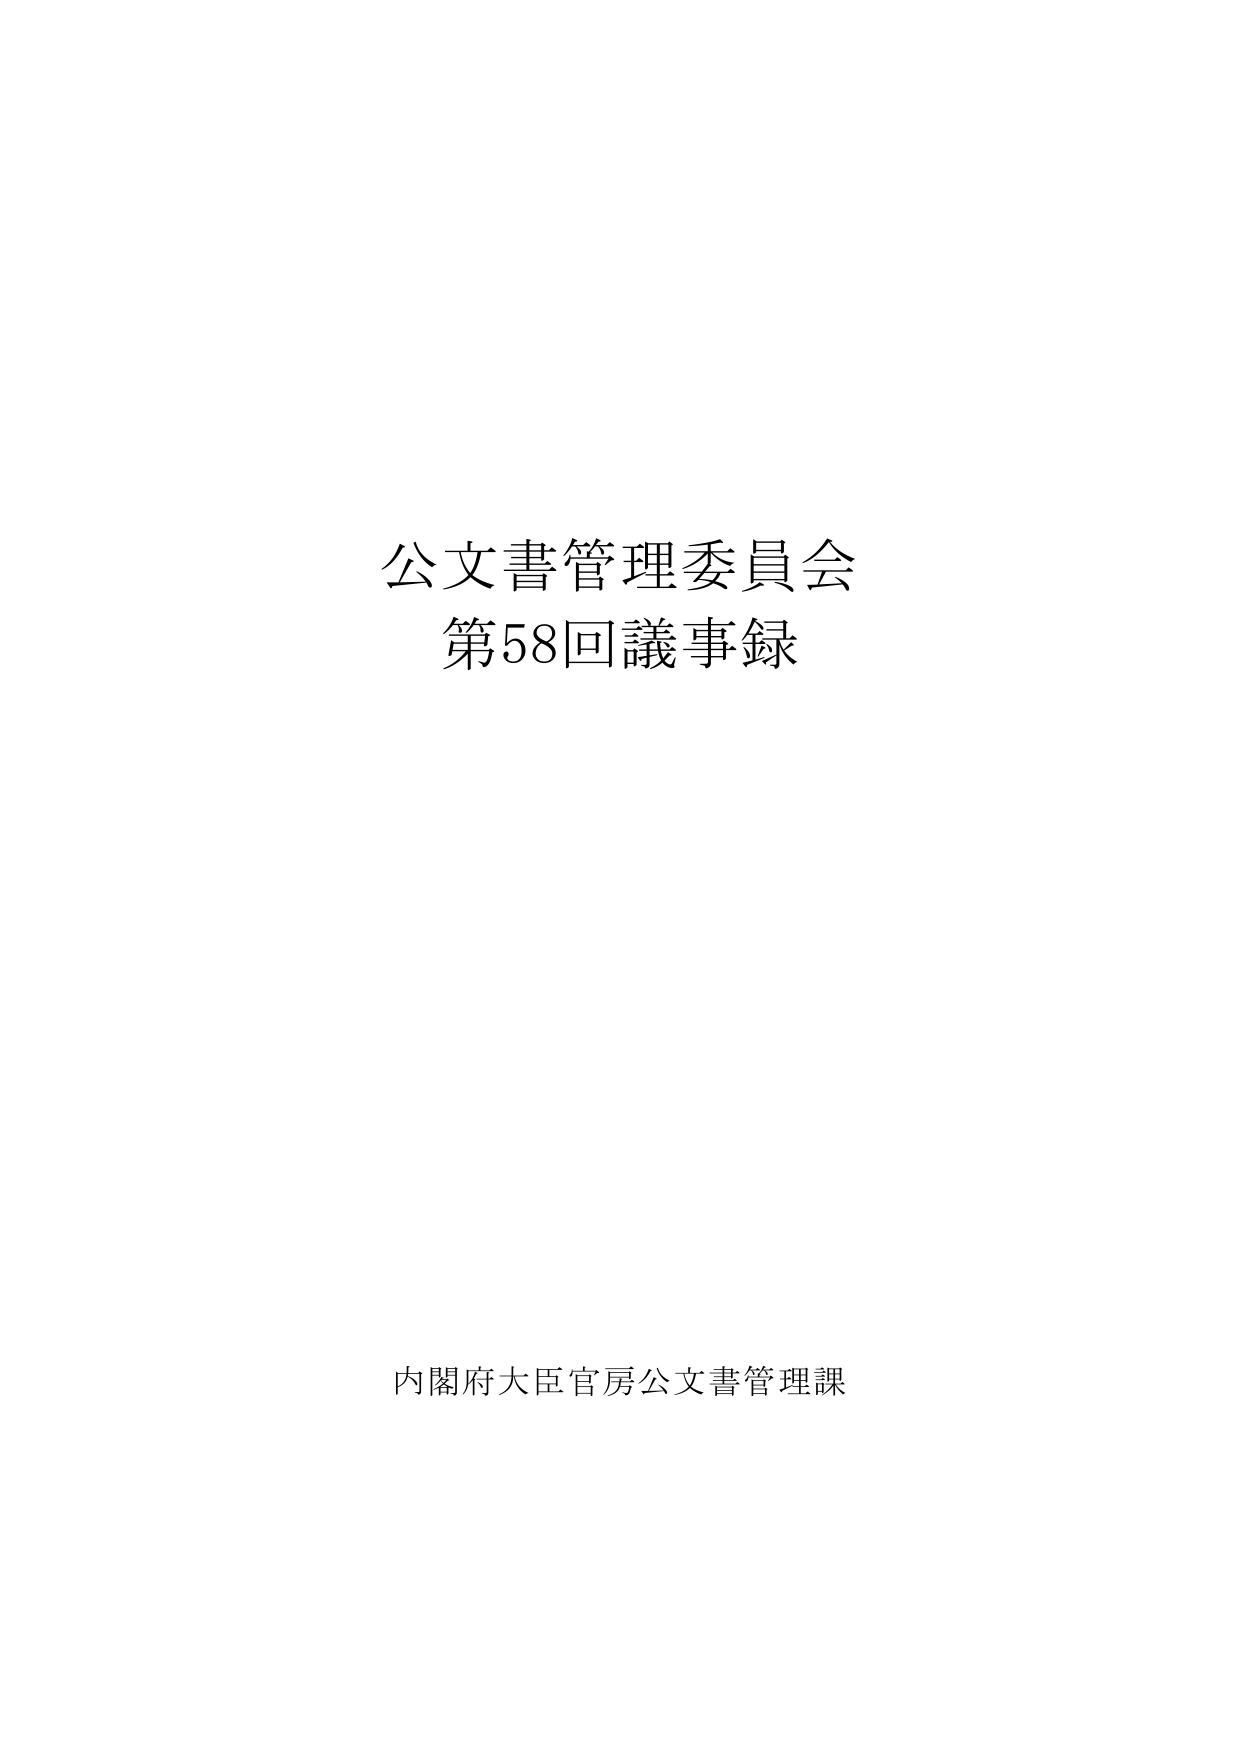
公文書管理委員会
第58回議事録

内閣府大臣官房公文書管理課